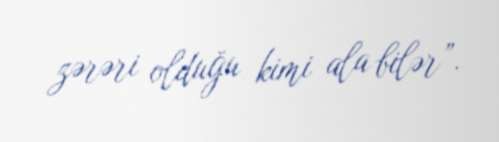
zərəri olduğu kimi ala bilər”.